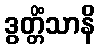
ဒွတ္တိံသာနိ